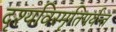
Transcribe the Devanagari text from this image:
दृश्यविस्मृतिपर्यन्तं